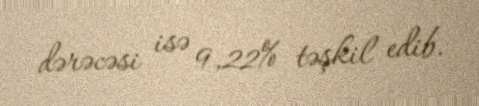
dərəcəsi isə 9,22% təşkil edib.